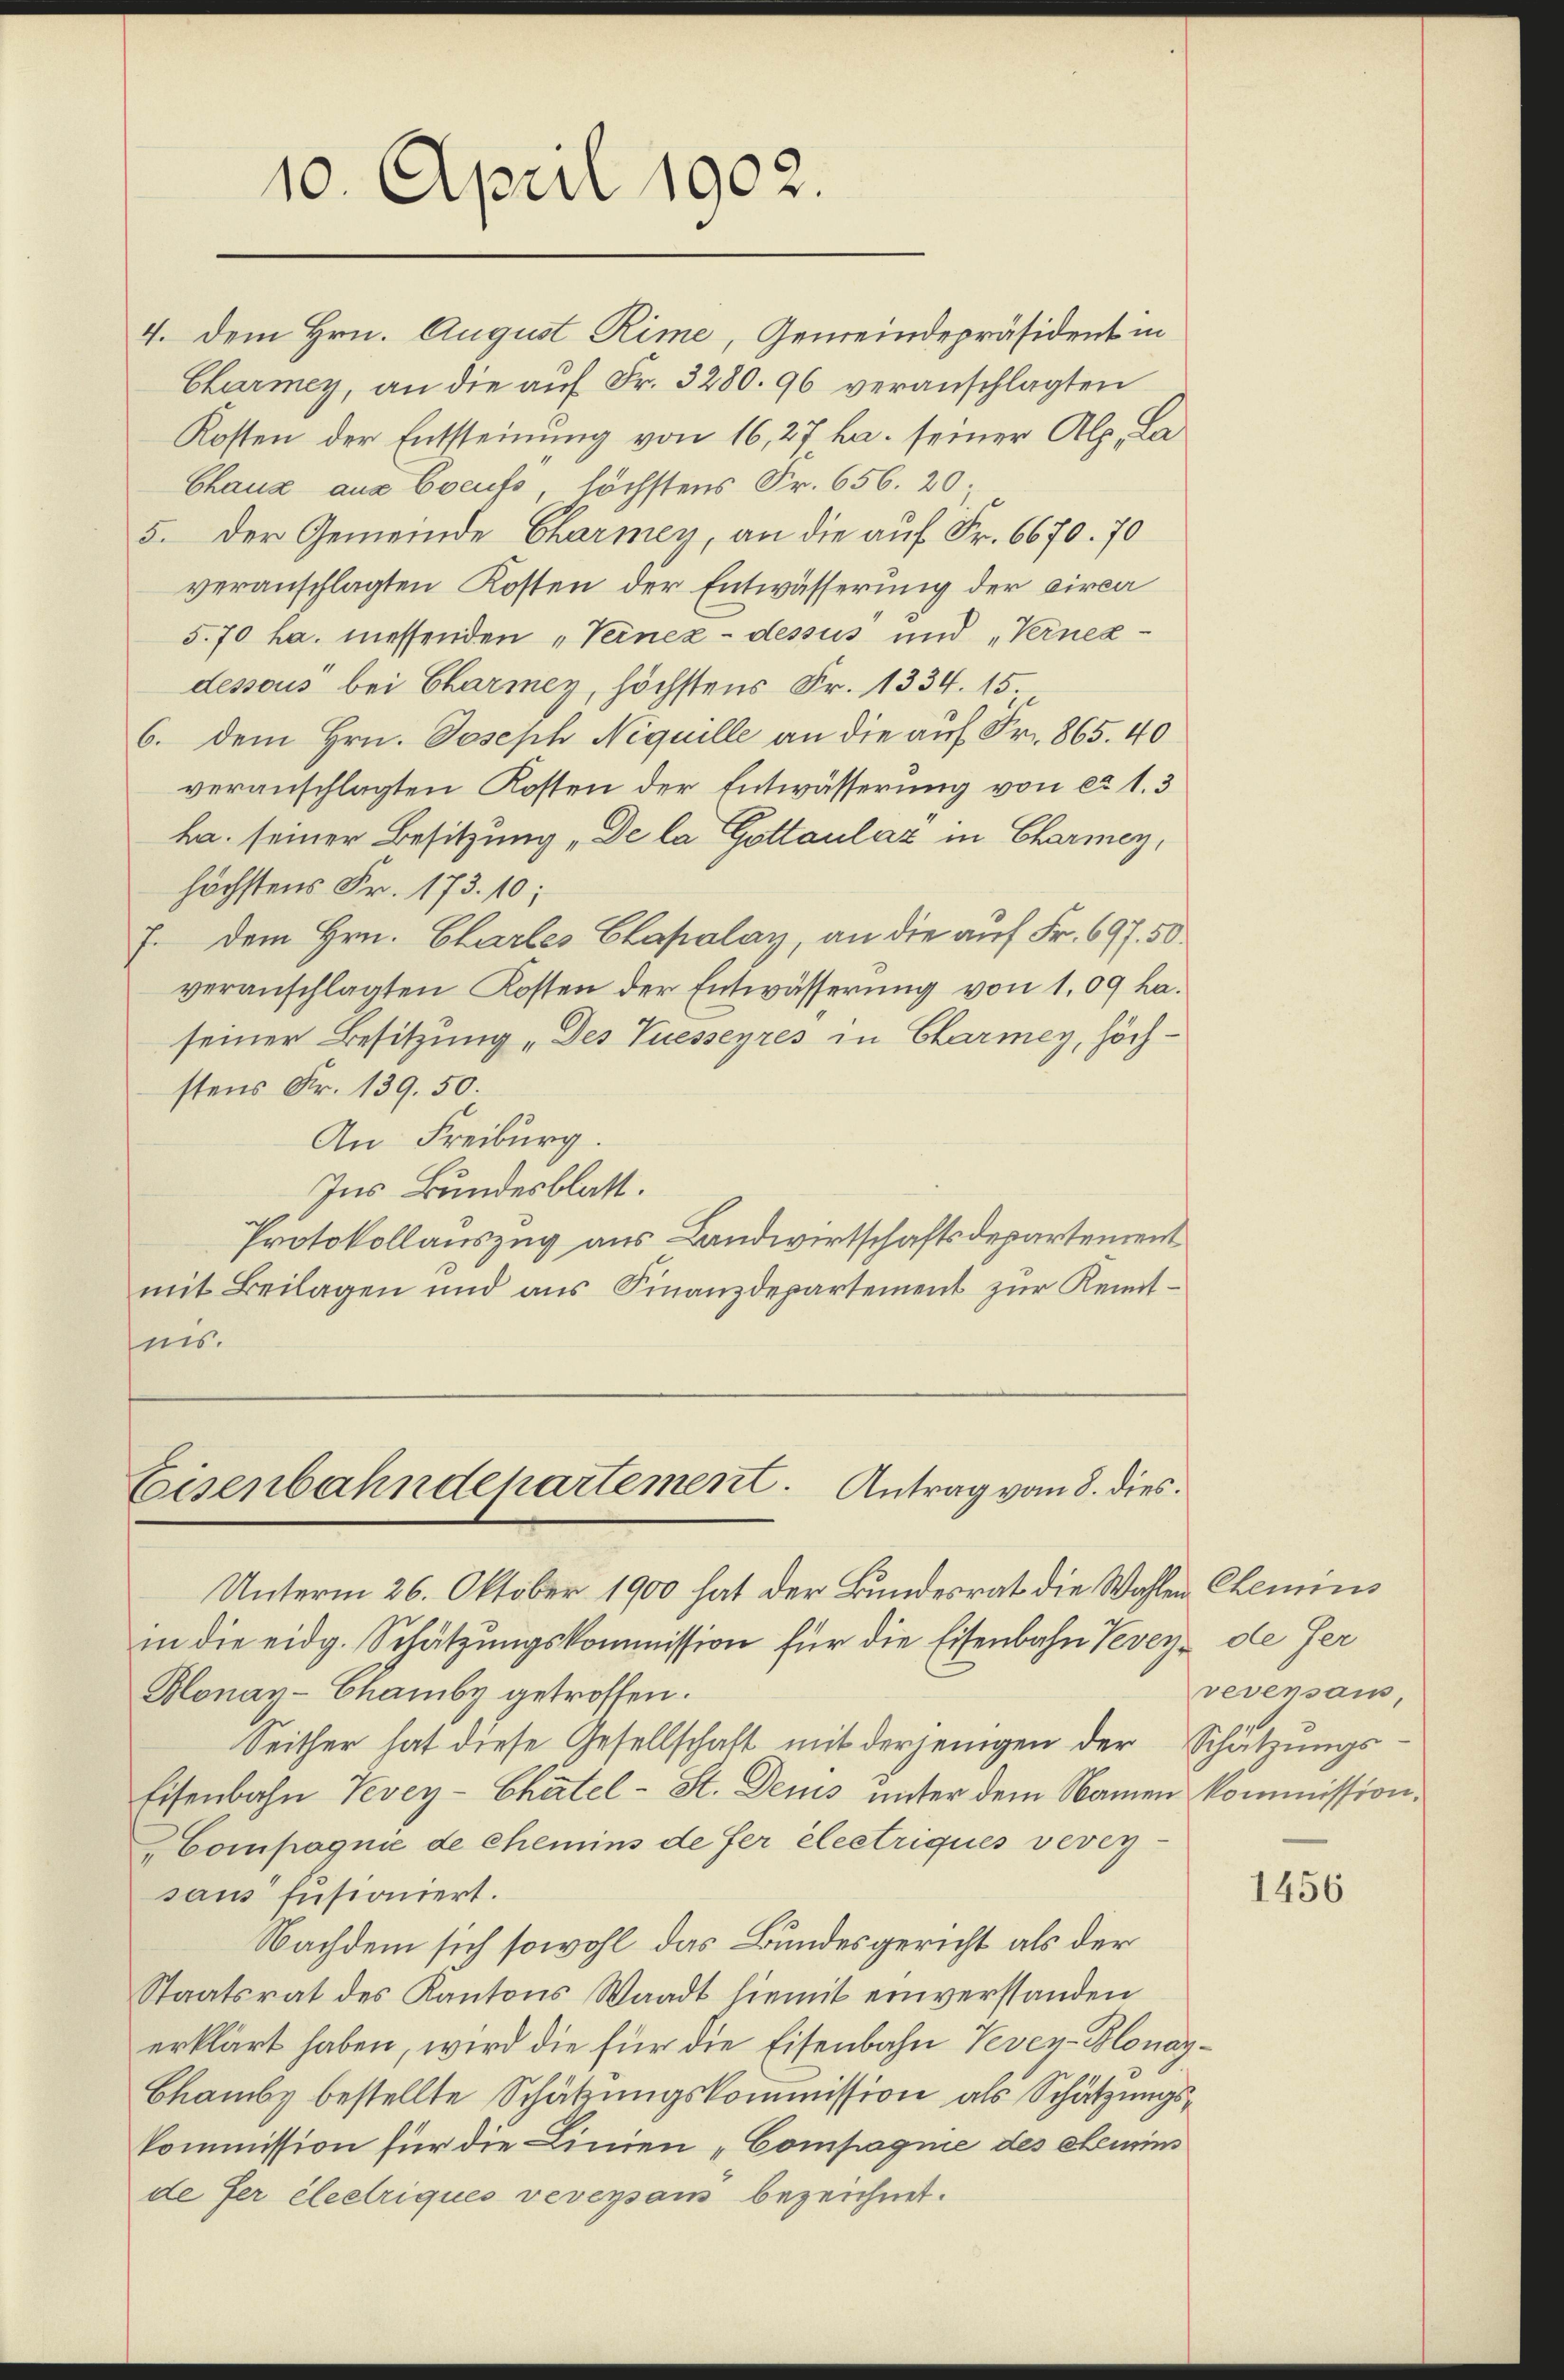
10. April 1902.

4. Dem Hrn. August Rime, Gemeindepräsident in
Charmey, an die auf Fr. 3280. 96 veranschlagten
Kosten der Entsteinung von 16, 27 ha. seiner Alp, La¬
Chaux aus Coeufs, höchstens Fr. 656. 20:
5. Der Gemeinde Charmey, an die auf Fr. 6670. 70
veranschlagten Kosten der Entwässerung der circa
5.70 ha messenden „Vernez-dessus und „Vernezdessous bei Charmey, höchstens Fr. 1334. 15.
6. dem Hrn. Joseph Niquille an die auf Fr. 865. 40
veranschlagten Kosten der Entwässerung von ca 1.3
ha. seiner Besitzung "De la Gottaulaz in Charmey,
höchstens Fr. 173. 10;
7. Dem Hrn. Chartes Capalay, an die auf Fr. 697. 50
veranschlagten Kosten der Entwässerung von 1,09 ha.
seiner Besitzung „Des Tuesseyres in Charmey, höchstens Fr. 139. 50.
An Freiburg.
Ins Bundesblatt.
Protokollauszug aus Landwirtschaftsdepartement
mit Beilagen und aus Finanzdepartement zur Kenntnis.

Eisenbahndepartement. Antrag vom 8. dies

Unterm 26. Oktober 1900 hat der Bundesrat die Wahlen Chemins
in die eidg. Schätzungskommission für die Eisenbahn Vevey de fer
Monay-Chamby getroffen.
Seither hat diese Gesellschaft mit derjenigen der Schätzungs¬
Eisenbahn Vevey- Chätel- St. Demus unter dem Namen kommission.
Compagnie de chemins de fer electriques verey-
saus fusioniert.
Nachdem sich sowohl das Bundesgericht als der
Staatsrat des Kantons Waadt hiemit einverstanden
erklärt haben, wird die für die Eisenbahn Vevey-Blonay¬
Chamby bestellte Schätzungskommission als Schätzungskommission für die Linien „Compagnie des ehemins
de fer électriques veversam bezeichnet.

revensaus,

1456